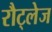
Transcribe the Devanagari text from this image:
रौट्लेज